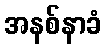
အနစ်နာခံ